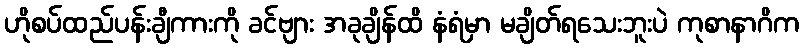
ဟိုစပ်ထည်ပန်းချီကားကို ခင်ဗျား အခုချိန်ထိ နံရံမှာ မချိတ်ရသေးဘူးပဲ ကုစာနာဂိက